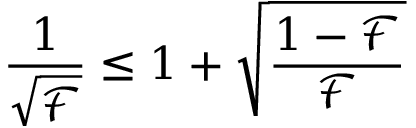
\frac { 1 } { \sqrt { \mathcal F } } \leq 1 + \sqrt { \frac { 1 - \mathcal F } { \mathcal F } }